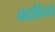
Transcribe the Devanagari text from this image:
बदवियों